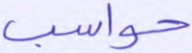
حواسب